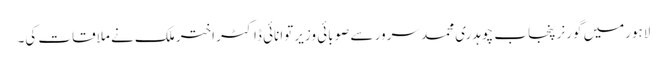
لاہورمیں گورنر پنجاب چوہدری محمد سرور سے صوبائی وزیرِ توانائی ڈاکٹر اختر ملک نے ملاقات کی۔